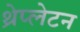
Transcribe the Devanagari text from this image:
थ्रेप्लेटन